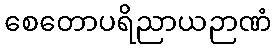
စေတောပရိညာယဉာဏံ